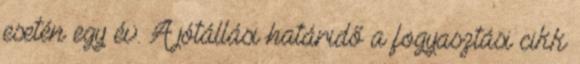
esetén egy év. A jótállási határidő a fogyasztási cikk